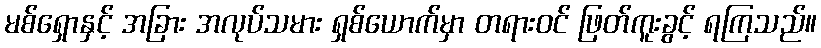
မစ်ရှောနှင့် အခြား အလုပ်သမား ရှစ်ယောက်မှာ တရားဝင် ဖြတ်ကူးခွင့် ရကြသည်။